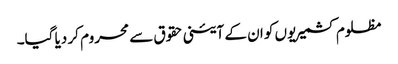
مظلوم کشمیریوں کو ان کے آئینی حقوق سے محروم کر دیا گیا۔